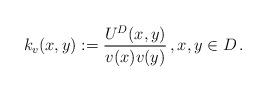
LaTeX: \begin{align*}k_v(x,y):=\frac{U^D(x,y)}{v(x)v(y)}\, ,x,y\in D\,.\end{align*}